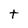
Character: t